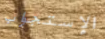
الإستجواب